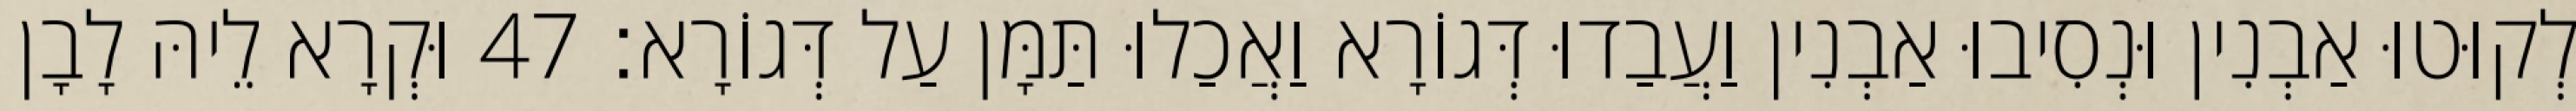
לְקוּטוּ אַבְנִין וּנְסִיבוּ אַבְנִין וַעֲבַדוּ דְּגוֹרָא וַאֲכַלוּ תַּמָּן עַל דְּגוֹרָא׃ 47 וּקְרָא לֵיהּ לָבָן